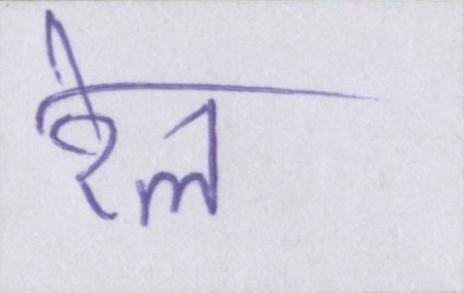
रेल